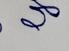
Signature authenticity: forged